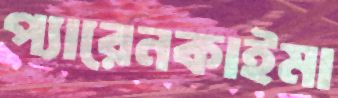
প্যারেনকাইমা